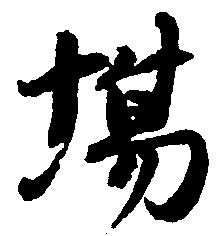
場